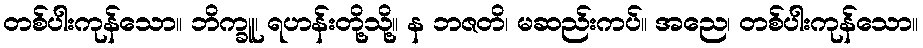
တစ်ပါးကုန်သော။ ဘိက္ခူ၊ ရဟန်းတို့သို့။ န ဘဇတိ၊ မဆည်းကပ်။ အညေ၊ တစ်ပါးကုန်သော။